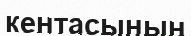
кентасының